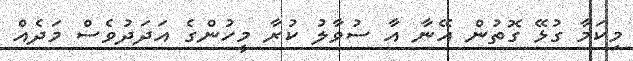
މިކަމާ ގުޅޭ ގޮތުން އޭނާ އާ ސުވާލު ކުރާ މީހުންގެ އަދަދުވެސް މަދެއް